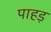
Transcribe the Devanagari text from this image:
पाहड़